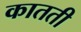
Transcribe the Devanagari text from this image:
कातती